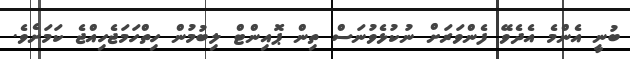
ބުނީ އެންމެ އެދެވޭ ފެންވަރަށް ނުކުޅެވުނަސް ތިން ޕޮއިންޓް ލިބުމުން ހިތްހަމަޖެހިއްޖެ ކަމަށެވެ.